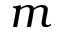
m